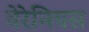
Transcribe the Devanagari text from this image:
वेरेनियस